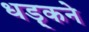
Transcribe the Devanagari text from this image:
धड़्कने